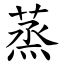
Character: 蒸